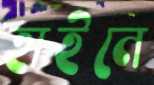
হাইনে